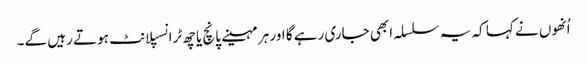
اُنھوں نے کہا کہ یہ سلسلہ ابھی جاری رہے گا اور ہر مہینے پانچ یا چھ ٹرانسپلانٹ ہوتے رہیں گے۔